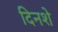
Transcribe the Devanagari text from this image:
दिनशे